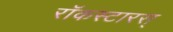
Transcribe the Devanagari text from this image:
रॉकस्टारस्